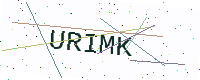
Text: URIMK